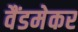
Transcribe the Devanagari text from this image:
वैंडमेकर